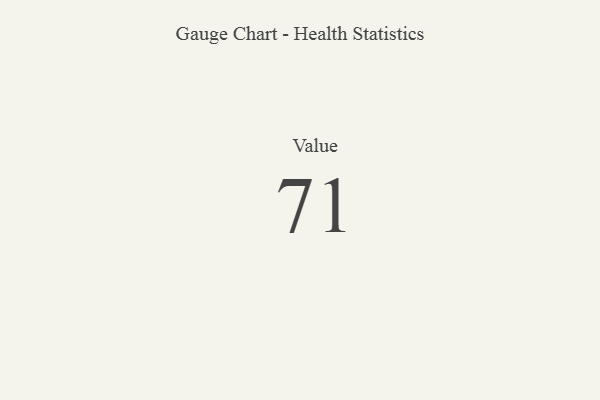
{"axis": {"x": "Metric", "y": "Value"}, "legend": [""], "data": [{"x": "Value", "y": 71, "type": ""}]}